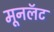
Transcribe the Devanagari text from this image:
मूनलॅट